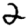
Digit: 2